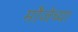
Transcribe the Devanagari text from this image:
मौजेच्या